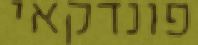
פונדקאי